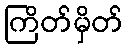
ကြိတ်မှိတ်